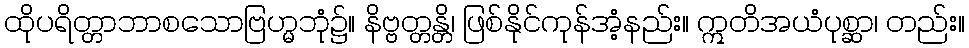
ထိုပရိတ္တာဘာစသောဗြဟ္မဘုံ၌။ နိဗ္ဗတ္တန္တိ၊ ဖြစ်နိုင်ကုန်အံ့နည်း။ ဣတိအယံပုစ္ဆာ၊ တည်း။